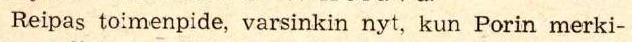
Reipas toimenpide, varsinkin nyt, kun Porin merki-